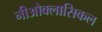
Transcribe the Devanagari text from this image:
नीओक्लासिकल